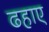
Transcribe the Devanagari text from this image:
ढहाए